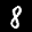
Label: 8